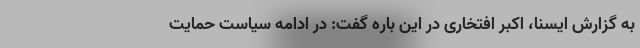
به گزارش ایسنا، اکبر افتخاری در این باره گفت: در ادامه سیاست حمایت